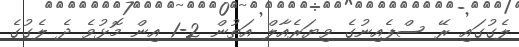
ލެގުގައި ރޭ ސްޕެއިނުގެ ވިޔަރެއާލް އަތުން 2-1 އިން މޮޅުވެ ދެ ލެގުގެ